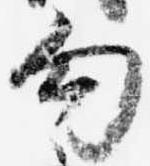
勾